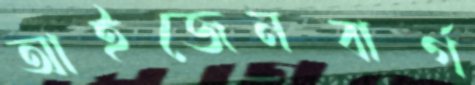
আইজেনবার্গ